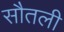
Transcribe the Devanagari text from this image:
सौतली